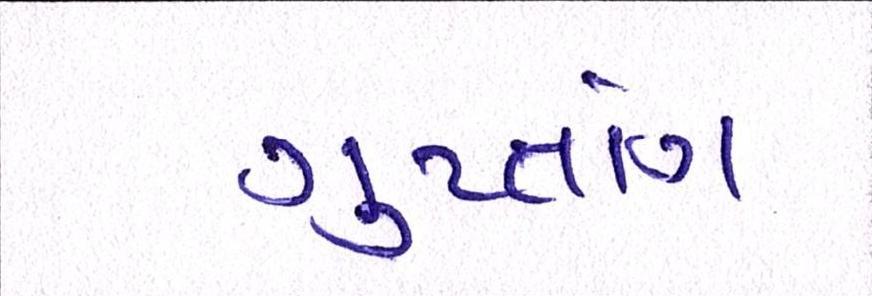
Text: ગુપ્તાંગ